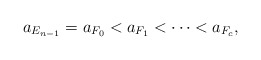
\begin{align*}a_{E_{n-1}} = a_{F_0} < a_{F_1} < \cdots < a_{F_c}, \end{align*}